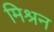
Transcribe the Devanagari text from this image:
मिश्रन